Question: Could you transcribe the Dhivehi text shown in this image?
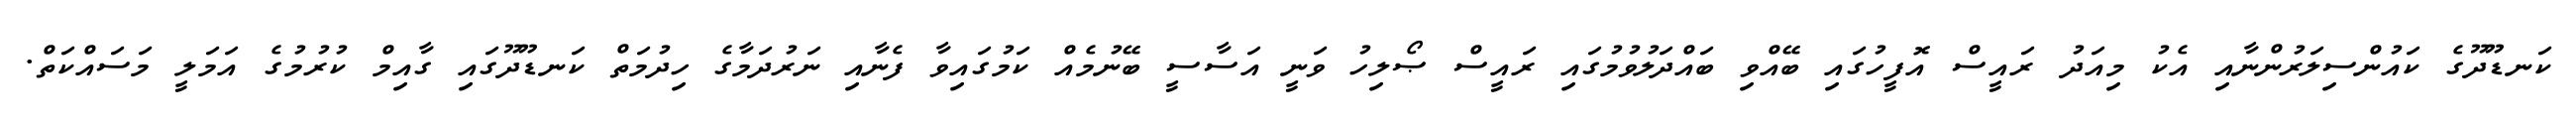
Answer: ކަނޑޫދޫގެ ކައުންސިލަރުންނާއި އެކު މިއަދު ރައީސް އޮފީހުގައި ބޭއްވި ބައްދަލުވުމުގައި ރައީސް ޞޯލިހު ވަނީ އަސާސީ ބޭނުމެއް ކަމުގައިވާ ފެނާއި ނަރުދަމާގެ ހިދުމަތް ކަނޑޫދޫގައި ގާއިމް ކުރުމުގެ އަމަލީ މަސައްކަތް.